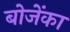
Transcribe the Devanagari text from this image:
बोजेंका